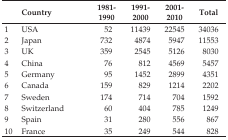
<table><thead><tr><td></td><td><b>Country</b></td><td><b>1981–1990</b></td><td><b>1991–2000</b></td><td><b>2001–2010</b></td><td><b>Total</b></td></tr></thead><tbody><tr><td>1</td><td>USA</td><td>52</td><td>11439</td><td>22545</td><td>34036</td></tr><tr><td>2</td><td>Japan</td><td>732</td><td>4874</td><td>5947</td><td>11553</td></tr><tr><td>3</td><td>UK</td><td>359</td><td>2545</td><td>5126</td><td>8030</td></tr><tr><td>4</td><td>China</td><td>76</td><td>812</td><td>4569</td><td>5457</td></tr><tr><td>5</td><td>Germany</td><td>95</td><td>1452</td><td>2899</td><td>4351</td></tr><tr><td>6</td><td>Canada</td><td>159</td><td>829</td><td>1214</td><td>2202</td></tr><tr><td>7</td><td>Sweden</td><td>174</td><td>714</td><td>704</td><td>1592</td></tr><tr><td>8</td><td>Switzerland</td><td>60</td><td>404</td><td>785</td><td>1249</td></tr><tr><td>9</td><td>Spain</td><td>31</td><td>280</td><td>556</td><td>867</td></tr><tr><td>10</td><td>France</td><td>35</td><td>249</td><td>544</td><td>828</td></tr></tbody></table>